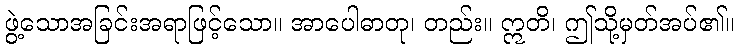
ဖွဲ့သောအခြင်းအရာဖြင့်သော။ အာပေါဓာတု၊ တည်း။ ဣတိ၊ ဤသို့မှတ်အပ်၏။